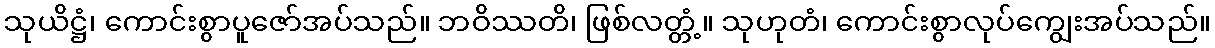
သုယိဋ္ဌံ၊ ကောင်းစွာပူဇော်အပ်သည်။ ဘဝိဿတိ၊ ဖြစ်လတ္တံ့။ သုဟုတံ၊ ကောင်းစွာလုပ်ကျွေးအပ်သည်။